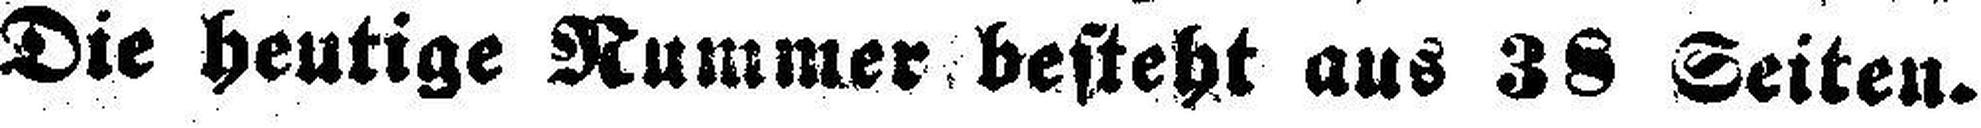
Die heutige Rummer besteht aus 38 Seiten.